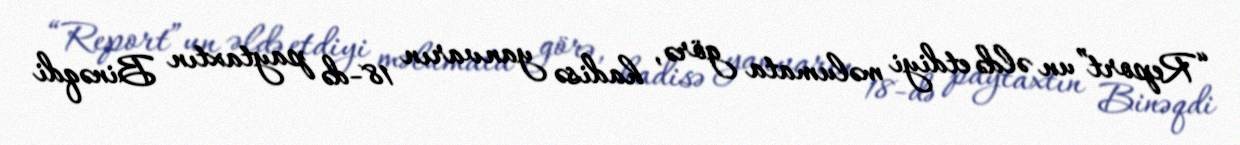
“Report”un əldə etdiyi məlumata görə, hadisə yanvarın 18-də paytaxtın Binəqdi